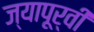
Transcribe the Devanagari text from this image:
ज्यापूर्वी